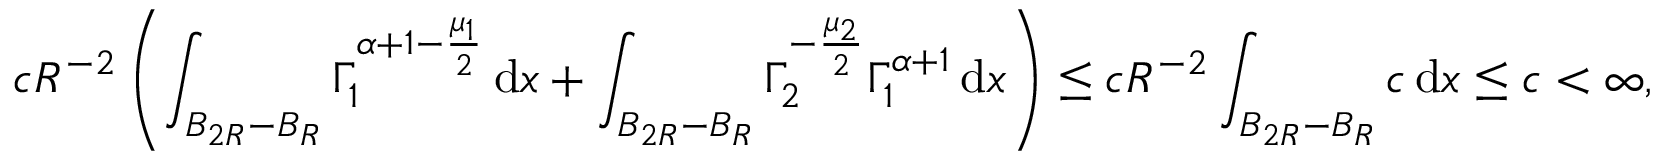
c R ^ { - 2 } \left( \int _ { B _ { 2 R } - B _ { R } } \Gamma _ { 1 } ^ { \alpha + 1 - \frac { \mu _ { 1 } } { 2 } } \, \mathrm { d } x + \int _ { B _ { 2 R } - B _ { R } } \Gamma _ { 2 } ^ { - \frac { \mu _ { 2 } } { 2 } } \Gamma _ { 1 } ^ { \alpha + 1 } \, \mathrm { d } x \right) \leq c R ^ { - 2 } \int _ { B _ { 2 R } - B _ { R } } c \, \mathrm { d } x \leq c < \infty ,